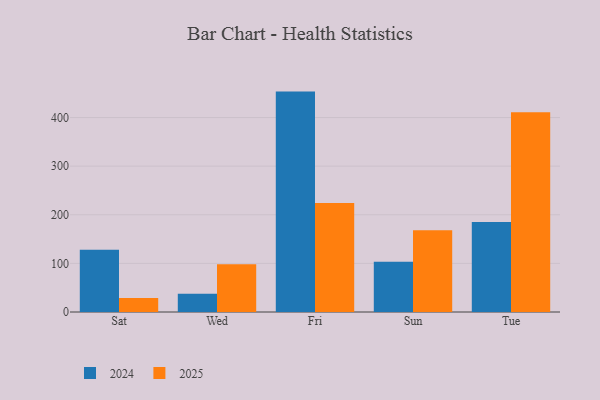
{"axis": {"x": "Day", "y": "Tickets Resolved"}, "legend": ["2024", "2025"], "data": [{"x": "Sat", "y": 128.0, "type": "2024"}, {"x": "Sat", "y": 28.6, "type": "2025"}, {"x": "Wed", "y": 37.6, "type": "2024"}, {"x": "Wed", "y": 98.2, "type": "2025"}, {"x": "Fri", "y": 453.3, "type": "2024"}, {"x": "Fri", "y": 224.0, "type": "2025"}, {"x": "Sun", "y": 103.1, "type": "2024"}, {"x": "Sun", "y": 167.9, "type": "2025"}, {"x": "Tue", "y": 184.9, "type": "2024"}, {"x": "Tue", "y": 411.0, "type": "2025"}]}